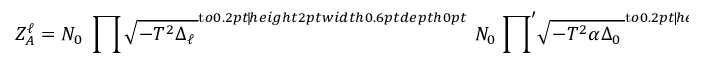
Z _ { A } ^ { \ell } = { \cal N } _ { 0 } \; \prod \sqrt { { - T ^ { 2 } \Delta _ { \ell } } \, } ^ { \mathrm { t } o 0 . 2 p t { \hss \vrule h e i g h t 2 p t w i d t h 0 . 6 p t d e p t h 0 p t } \; \! } \; { \cal N } _ { 0 } \; { \prod } ^ { \prime } \sqrt { { - T ^ { 2 } \alpha \Delta _ { 0 } } \, } ^ { \mathrm { t } o 0 . 2 p t { \hss \vrule h e i g h t 2 p t w i d t h 0 . 6 p t d e p t h 0 p t } \; \! } \; \; . \; \;